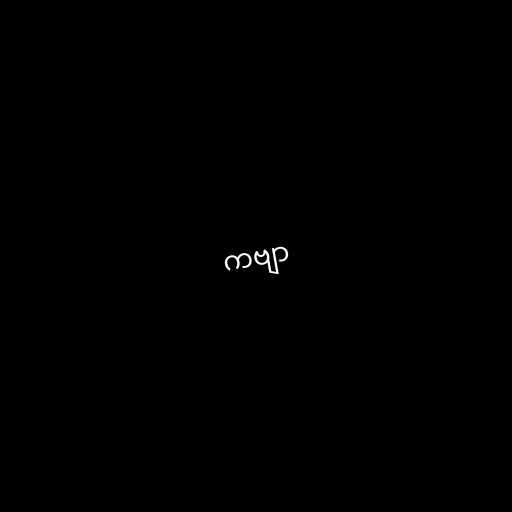
ကဗျာ